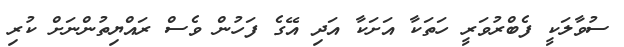
ސުވާލަކީ ފެބްރުވަރީ ހަތަކާ އަށަކާ އަދި އޭގެ ފަހުން ވެސް ރައްޔިތުންނަށް ކުރި